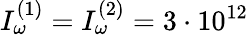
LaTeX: I_{\omega}^{(1)}=I_{\omega}^{(2)}=3\cdot 10^{12}